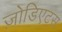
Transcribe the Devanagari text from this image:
ज़ोडिएट्स